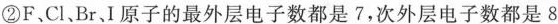
②F、Cl、Br、I原子的最外层电子数都是7，次外层电子数都是8